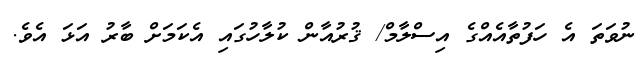
ނުވަތަ އެ ހަފުތާއެއްގެ އިސްލާމް/ ޤުރުއާން ކުލާހުގައި އެކަމަށް ބާރު އަޅަ އެވެ.